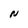
Character: N